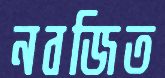
নবজিত